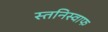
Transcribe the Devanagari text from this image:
स्तनिस्वाफ